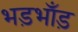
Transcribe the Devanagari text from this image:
भड़भाँड़